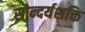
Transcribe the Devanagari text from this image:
सौन्दर्यशक्ति